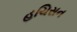
હચિસન